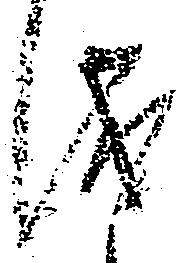
儀